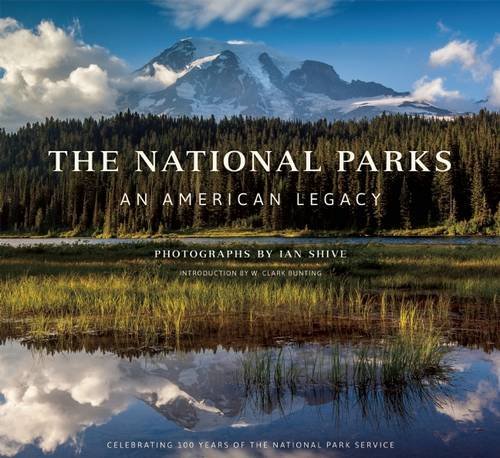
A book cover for The National Parks: An American Legacy; Arts & Photography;